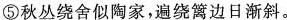
⑤秋丛绕舍似陶家，遍绕篱边日渐斜。